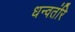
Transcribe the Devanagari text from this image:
धन्वतंरि